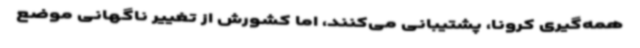
همه‌گیری کرونا، پشتیبانی می‌کنند، اما کشورش از تغییر ناگهانی موضع